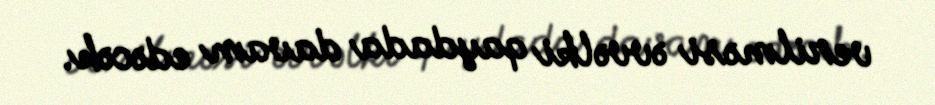
verilməsi əvvəlki qaydada davam edəcək.